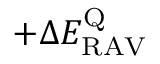
+ \Delta E _ { \mathrm { R A V } } ^ { \mathrm { Q } }